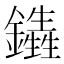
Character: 𨯏